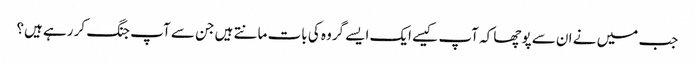
جب میں نے ان سے پوچھا کہ آپ کیسے ایک ایسے گروہ کی بات مانتے ہیں جن سے آپ جنگ کر رہے ہیں؟